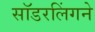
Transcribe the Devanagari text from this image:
सॉडरलिंगने